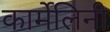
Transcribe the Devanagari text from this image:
कार्मेलिनी